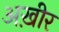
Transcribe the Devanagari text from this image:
अख़ीर